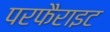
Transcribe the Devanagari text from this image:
परफैराइट